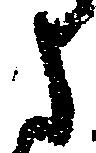
さ